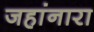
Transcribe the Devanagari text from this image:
जहांनारा